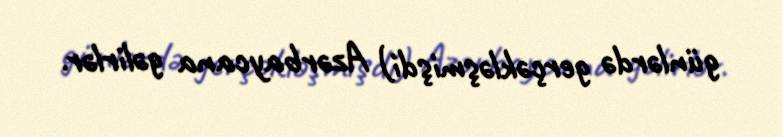
günlərdə gerçəkləşmişdi) Azərbaycana gəlirlər.